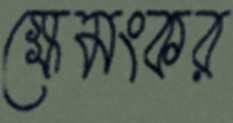
ক্ষেমংকর